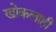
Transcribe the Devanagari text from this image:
खोकलाही